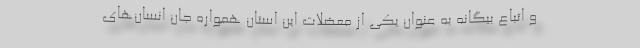
و اتباع بیگانه به عنوان یکی از معضلات این استان همواره جان انسان‌های